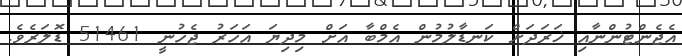
އެޖެންޓުންނާއި ޚަރަދަށް ކަނޑާލުމުން އެމްބާ އަށް މިދިޔަ އަހަރު ޖެހުނީ 51461 ޑޮލަރެވެ.